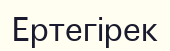
Ертегірек